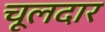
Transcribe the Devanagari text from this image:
चूलदार